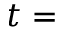
t =